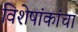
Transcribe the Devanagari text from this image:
विशेषांकांचा